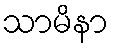
သာမိနာ